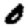
Digit: 0